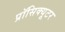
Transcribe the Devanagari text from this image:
प्रॉसिक्यूटर